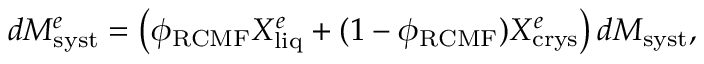
d M _ { \mathrm { s y s t } } ^ { e } = \left( \phi _ { \mathrm { R C M F } } X _ { \mathrm { l i q } } ^ { e } + ( 1 - \phi _ { \mathrm { R C M F } } ) X _ { \mathrm { c r y s } } ^ { e } \right) d M _ { \mathrm { s y s t } } ,